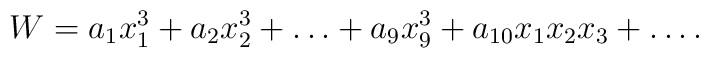
W = a_1x_1^3+a_2x_2^3+\ldots+a_9x_9^3+a_{10}x_1x_2x_3+\ldots.